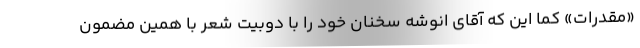
«مقدرات» کما این که آقای انوشه سخنان خود را با دوبیت شعر با همین مضمون